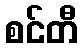
စင်တီ